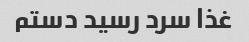
غذا سرد رسید دستم